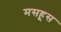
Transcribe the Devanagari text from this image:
मसहूस